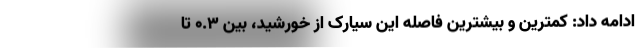
ادامه داد: کمترین و بیشترین فاصله این سیارک از خورشید، بین ۰.۳ تا